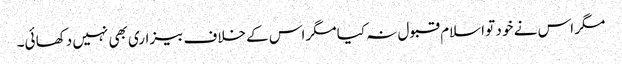
مگر اس نے خو د تو اسلام قبو ل نہ کیا مگر اس کے خلاف بیزاری بھی نہیں دکھا ئی۔